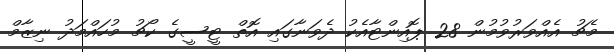
މެޗު އެއްވަރުވުމުން 28 ޕޮއިންޓާއެކު ދެވަނާގައި އޮތް ޓީސީގެ ކޯޗު މުހައްމަދު ނިޒާމް